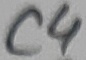
Text: C4